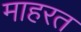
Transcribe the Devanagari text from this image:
माहरत